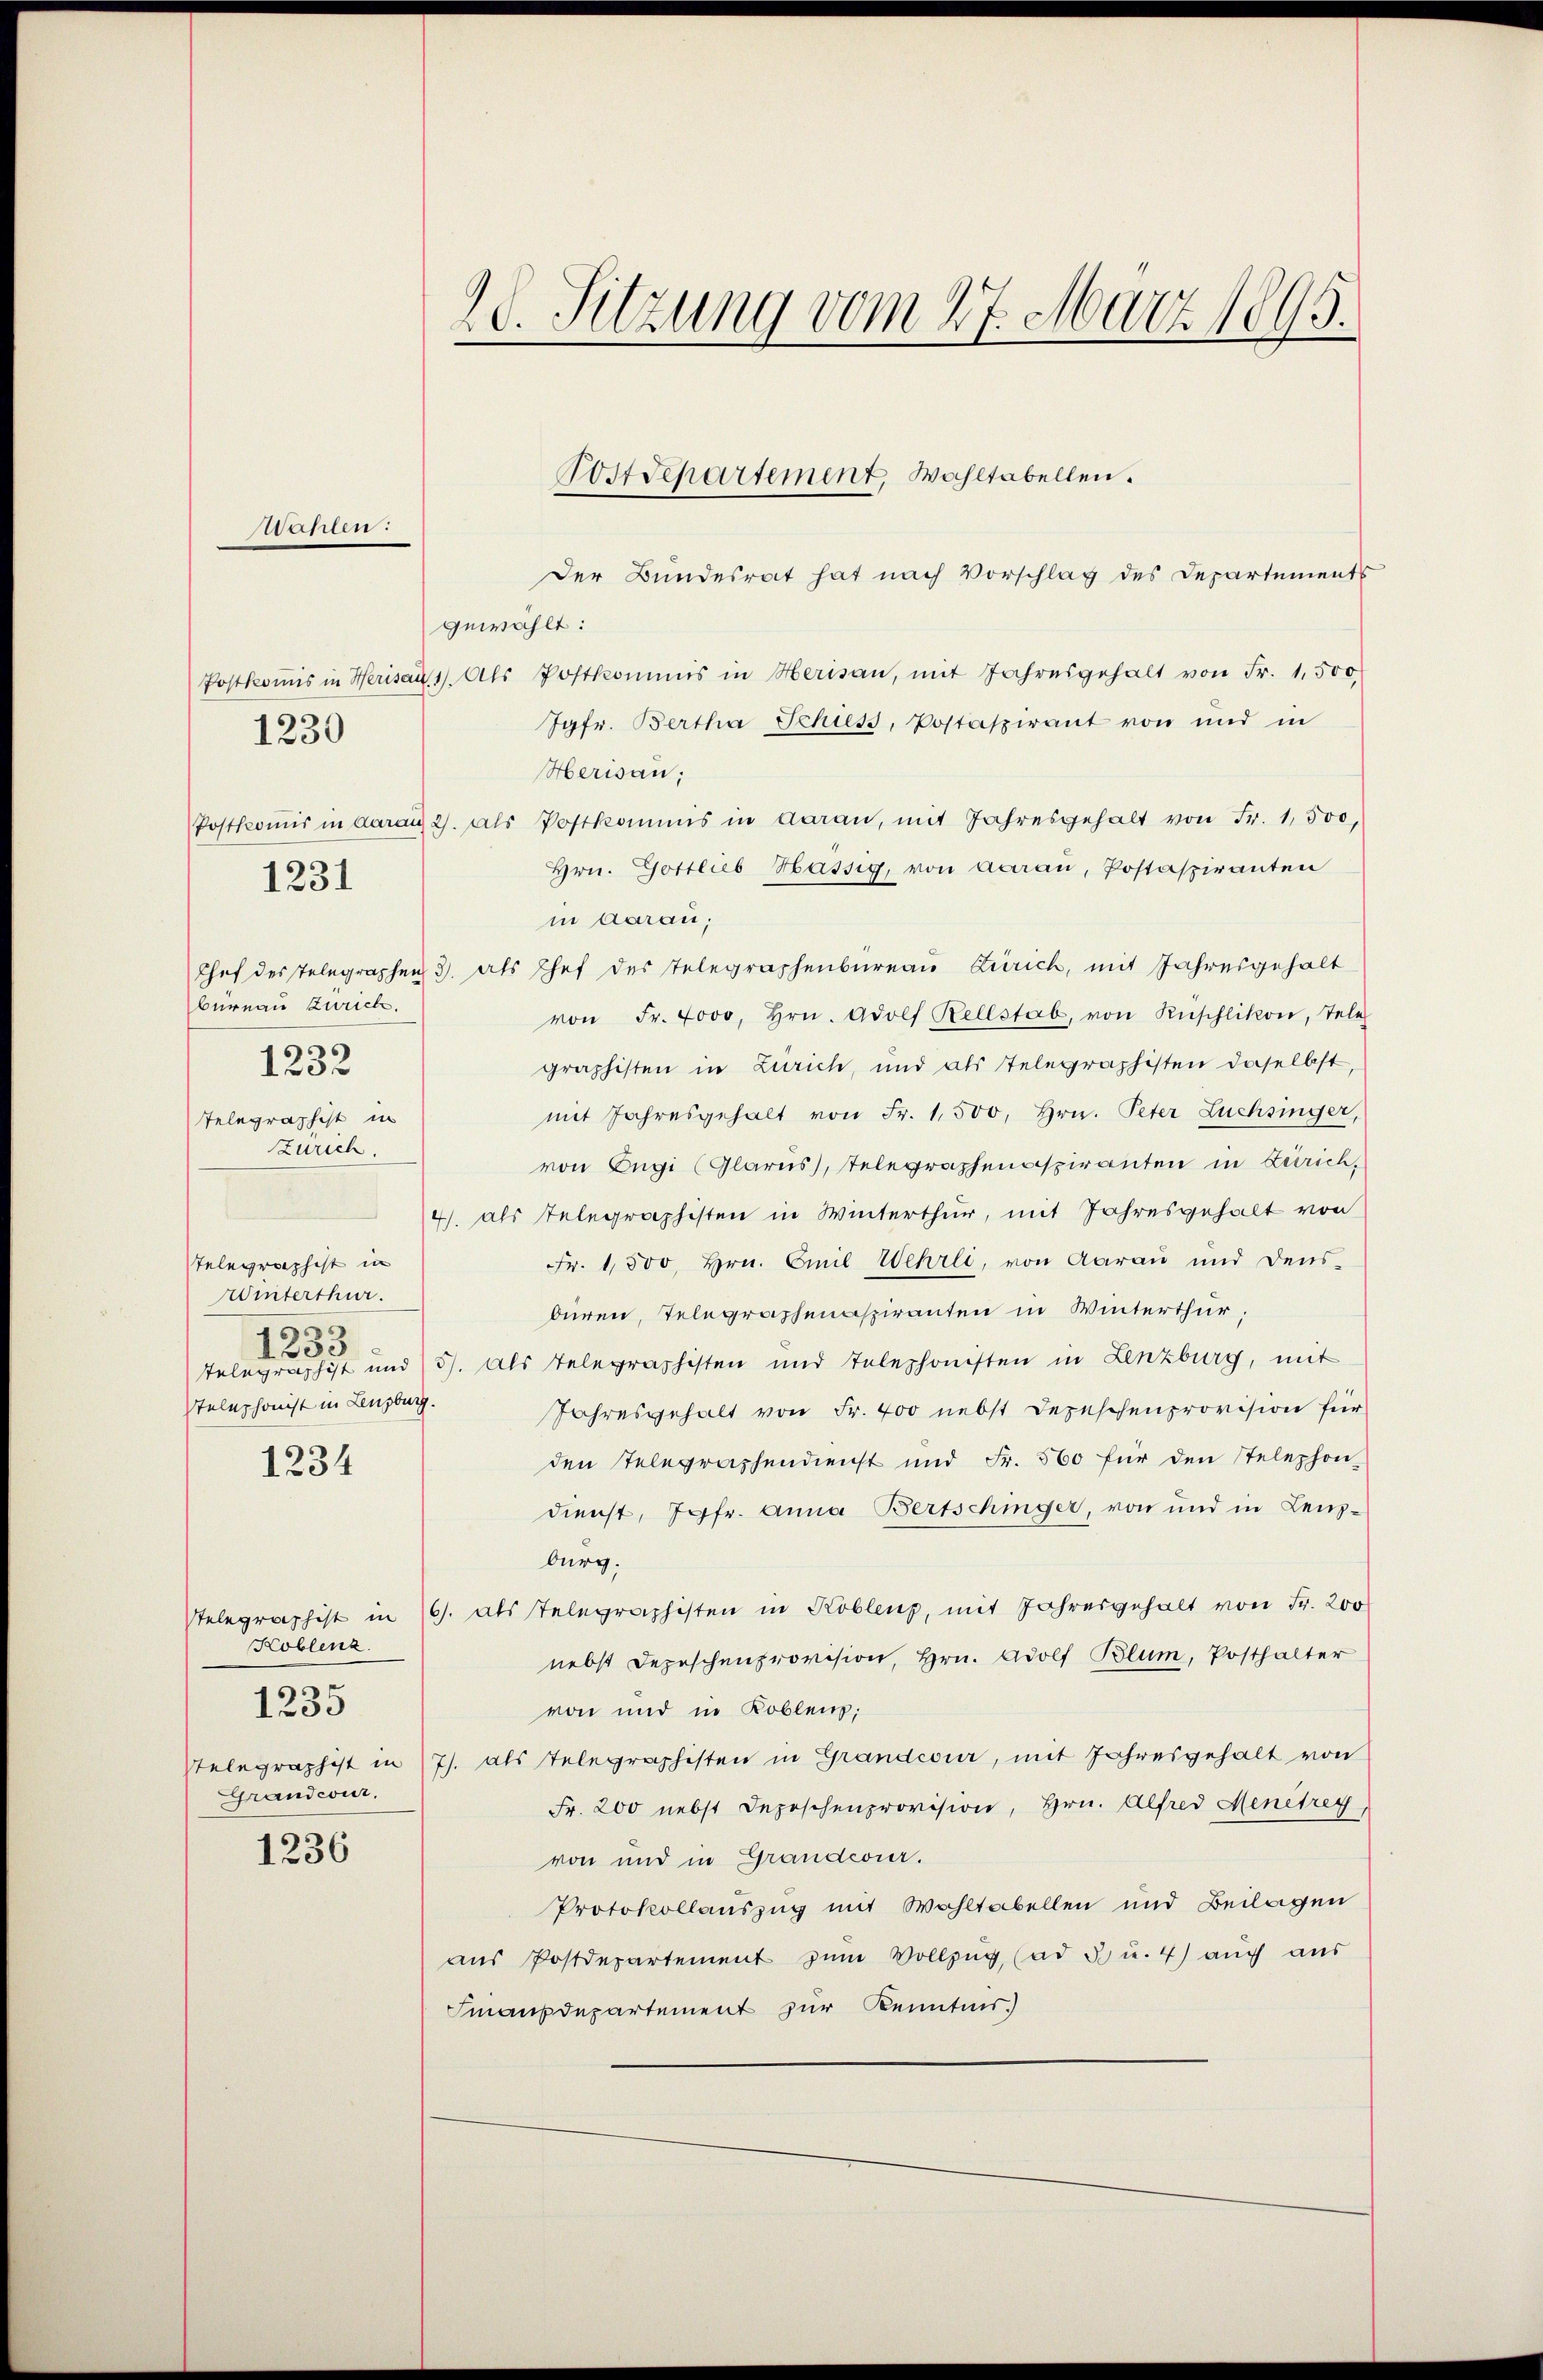
Wahlen:

1230

Der Bundesrat hat nach Vorschlag des Departements
gewählt:
Postkoṁis in Herisau 1. Als Postkommis in Herisau, mit Jahresgehalt von Fr. 1,500
Jgfr. Bertha Schiess, Postaspirant von und in
Herisau;
Postkoṁis in daran 2. als Postkommis in daran, mit Jahresgehalt von Fr. 1,500,
Hrn. Gottlieb Hassig, von Aarau, Postaspiranten
in Aarau;
Chef des Telegraphen 3. als Chef des Telegraphenbureau Zürich, mit Jahresgehalt
von Fr. 4000, Hrn. Adolf Rellstab, von Rüschlikon, Tele
graphisten in Zürich, und als Telegraphisten daselbst
mit Jahresgehalt von Fr. 1,500, Hrn. Peter Lüchsinger,
Telegraphist in
Zürich.
von Engi (Glarus, telegraphenspiranten in Zürich,
4). als Telegraphisten in Winterthur, mit Jahresgehalt von
Fr. 1500, Hrn. Emil Wehrli, von Aarau und dens-
Telegraphist in
Winterthur.
büren, Telegraphenaspiranten in Winterthur,
6
1253
Telegraphist und 3. Als Telegraphisten und Telephonisten in Lenzburg, mit
Telephonist in Lenzburg.
Jahresgehalt von Fr. 400 nebst Depeschenprovision für
den Telegraphendienst und Fr. 500 für den Stelephon-
1234
dienst, Jgfr. Anna Bertschinger, von und in Lenzburg.
Selegraphist in 16. als Telegraphisten in Koblenz, mit Jahresgehalt von Fr. 200
Koblenz
nebst Depeschenprovision, Hrn. Adolf Blum, Posthalter
von und in Koblenz,
1235
Telegraphist in 17. als Telegraphisten in Grandcour, mit Jahresgehalt von
GGrandcour.
Fr. 200 nebst Depeschenprovision, Hrn. Alfred Menétrey
1236
von und in Grandwier.
Protokollauszug mit Wohltabellen und Beilagen
aus Postdepartement zum Vollzug (ad 3 u. 4) auch aus
Finanzdepartement zur Kenntnis.

1231

burnau Zürich.
1232

2. Sitzung vom 27. März 1895.

Post Separtement, Wahltabellen.